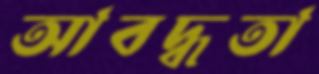
আবদ্ধতা